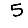
Digit: 5